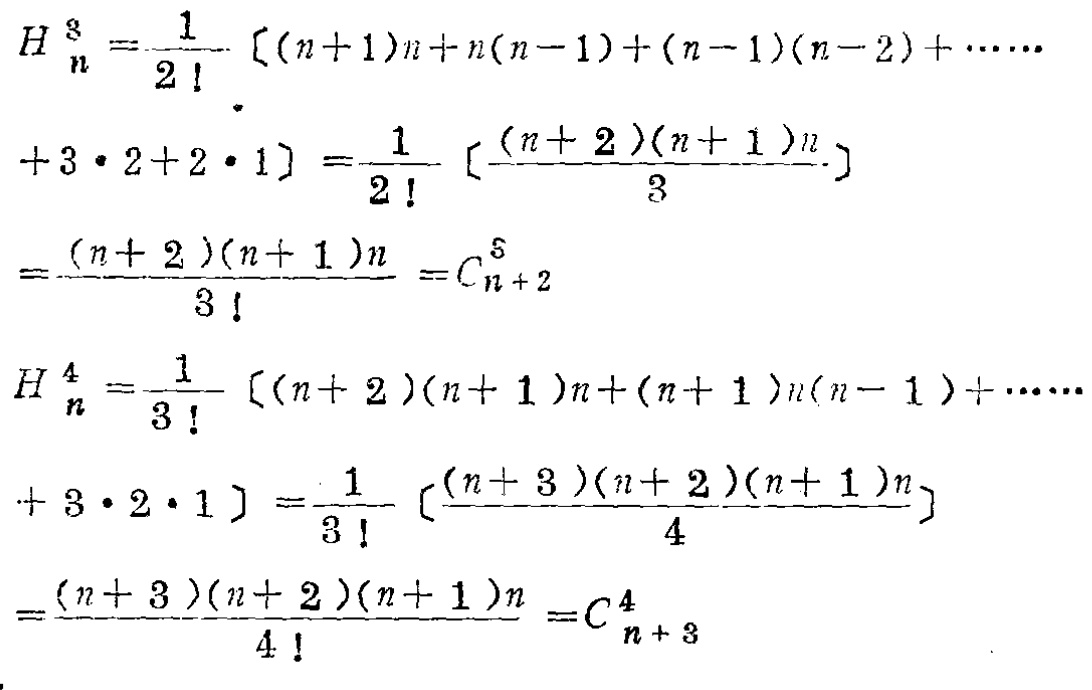
\begin{align*}

H_{n}^{3}&=\frac{1}{2!}[(n + 1)n + n(n - 1)+(n - 1)(n - 2)+\cdots\\

&+3\cdot2 + 2\cdot1]=\frac{1}{2!}\left[\frac{(n + 2)(n + 1)n}{3}\right]\\

&=\frac{(n + 2)(n + 1)n}{3!}=C_{n + 2}^{3}\\

H_{n}^{4}&=\frac{1}{3!}[(n + 2)(n + 1)n+(n + 1)n(n - 1)+\cdots\\

&+3\cdot2\cdot1]=\frac{1}{3!}\left[\frac{(n + 3)(n + 2)(n + 1)n}{4}\right]\\

&=\frac{(n + 3)(n + 2)(n + 1)n}{4!}=C_{n + 3}^{4}

\end{align*}